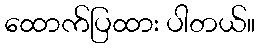
ထောက်ပြထား ပါတယ်။